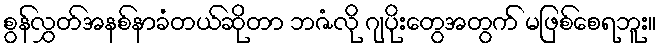
စွန်လွှတ်အနစ်နာခံတယ်ဆိုတာ ဘဇံလို ဂျပိုးတွေအတွက် မဖြစ်စေရဘူး။